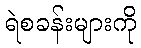
ရဲစခန်းများကို